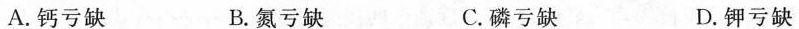
A.钙亏缺 B.氮亏缺 C.磷亏缺 D.钾亏缺